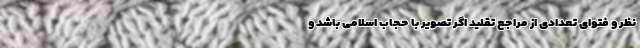
نظر و فتوای تعدادی از مراجع تقلید اگر تصویر با حجاب اسلامی باشد و